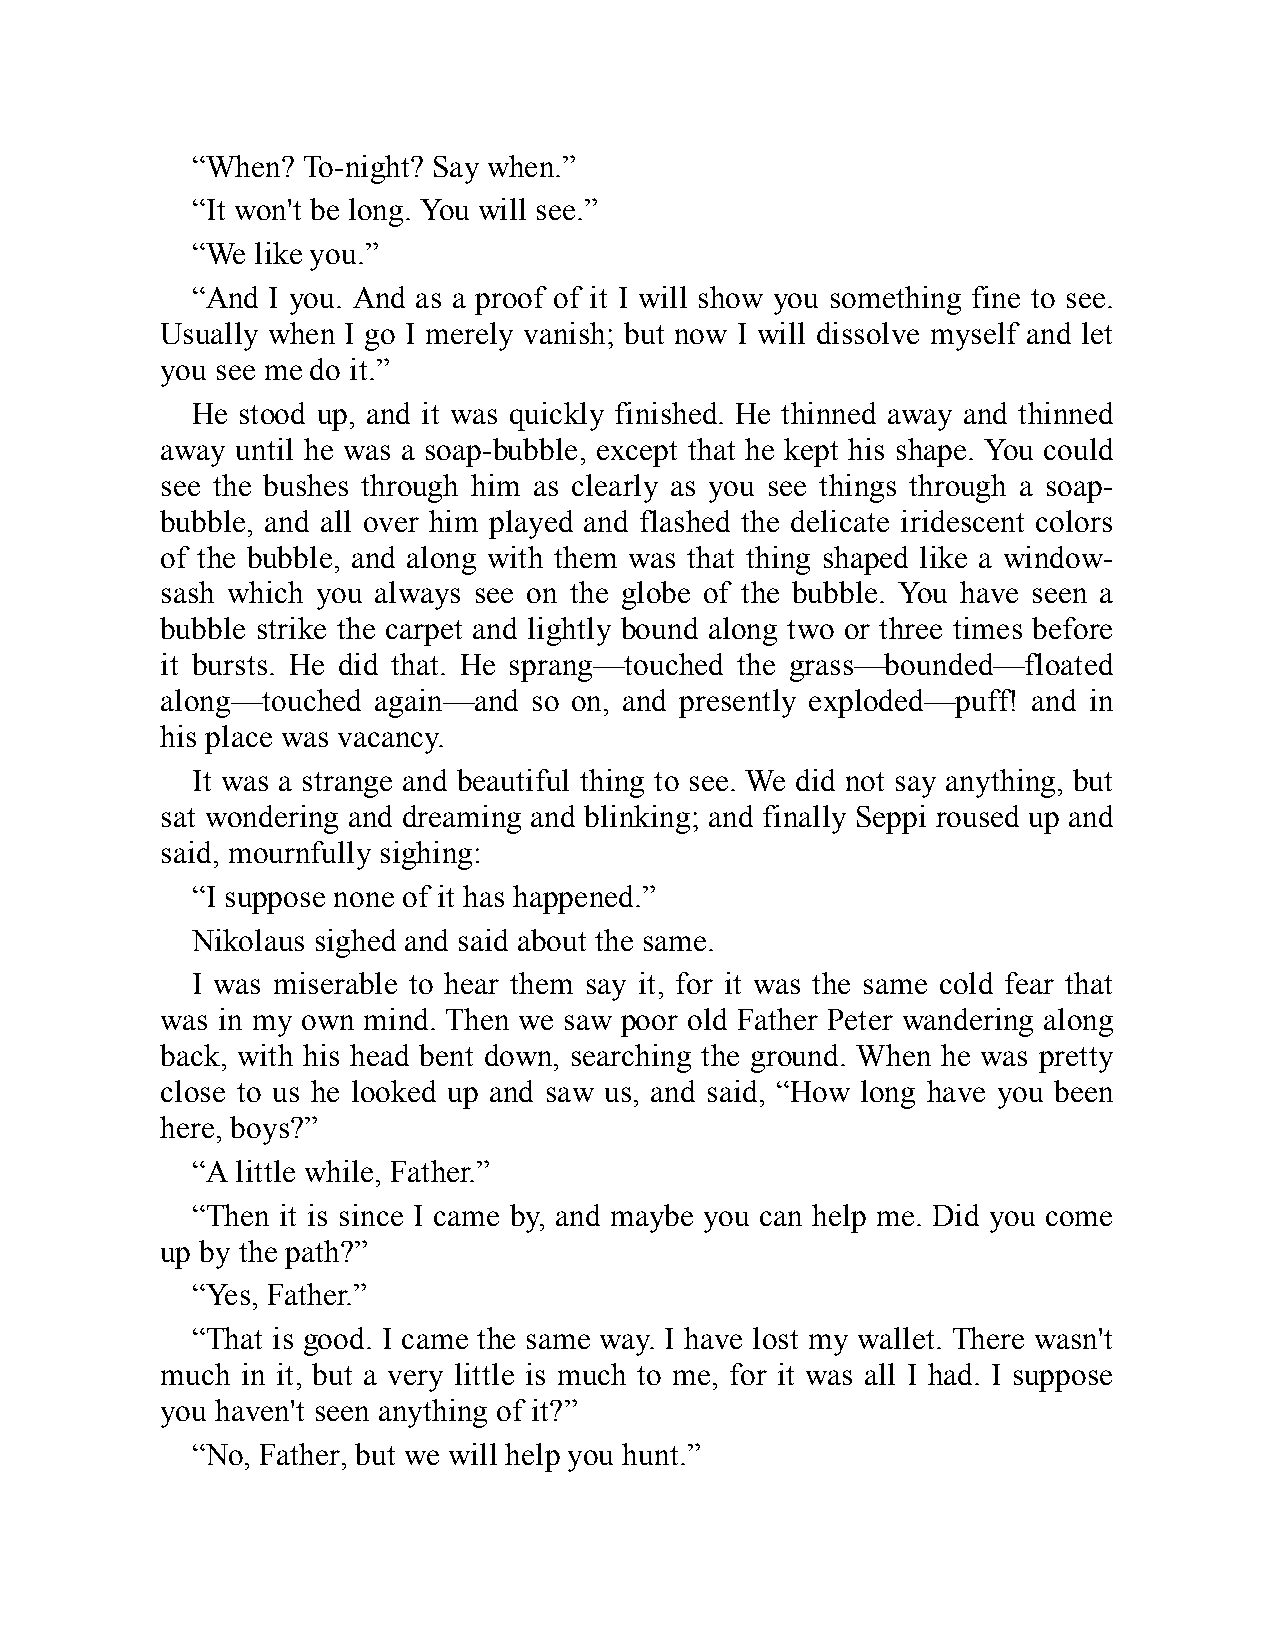
“When? To-night? Say when.”
 “It won't be long. You will see.”
 “We like you.”
 “And I you. And as a proof of it I will show you something fine to see.
 Usually when I go I merely vanish; but now I will dissolve myself and let
 you see me do it.”
 He stood up, and it was quickly finished. He thinned away and thinned
 away until he was a soap-bubble, except that he kept his shape. You could
 see the bushes through him as clearly as you see things through a soap-
 bubble, and all over him played and flashed the delicate iridescent colors
 of the bubble, and along with them was that thing shaped like a window-
 sash which you always see on the globe of the bubble. You have seen a
 bubble strike the carpet and lightly bound along two or three times before
 it bursts. He did that. He sprang—touched the grass—bounded—floated
 along—touched again—and so on, and presently exploded—puff! and in
 his place was vacancy.
 It was a strange and beautiful thing to see. We did not say anything, but
 sat wondering and dreaming and blinking; and finally Seppi roused up and
 said, mournfully sighing:
 “I suppose none of it has happened.”
 Nikolaus sighed and said about the same.
 I was miserable to hear them say it, for it was the same cold fear that
 was in my own mind. Then we saw poor old Father Peter wandering along
 back, with his head bent down, searching the ground. When he was pretty
 close to us he looked up and saw us, and said, “How long have you been
 here, boys?”
 “A little while, Father.”
 “Then it is since I came by, and maybe you can help me. Did you come
 up by the path?”
 “Yes, Father.”
 “That is good. I came the same way. I have lost my wallet. There wasn't
 much in it, but a very little is much to me, for it was all I had. I suppose
 you haven't seen anything of it?”
 “No, Father, but we will help you hunt.”